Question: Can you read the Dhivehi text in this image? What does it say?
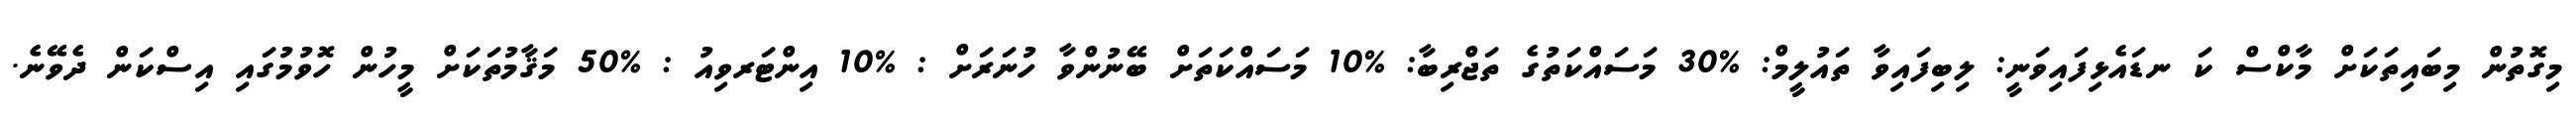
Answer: މިގޮތުން މިބައިތަކަށް މާކްސް ކަ ނޑައެޅިފައިވަނީ: ލިބިފައިވާ ތައުލީމް: %30 މަސައްކަތުގެ ތަޖްރިބާ: %10 މަސައްކަތަށް ބޭނުންވާ ހުނަރަށް : %10 އިންޓަރވިއު : %50 މަޤާމުތަކަށް މީހުން ހޮވުމުގައި އިސްކަން ދެވޭނެ.